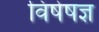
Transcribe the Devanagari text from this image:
विषेषज्ञ